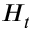
H _ { t }